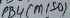
Text: PB4